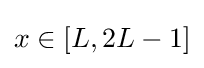
x\in [L,2L-1]